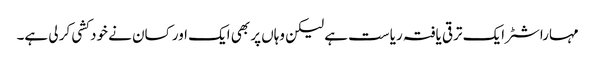
مہاراشٹر ایک ترقی یافتہ ریاست ہے لیکن وہاں پر بھی ایک اور کسان نے خود کشی کر لی ہے۔